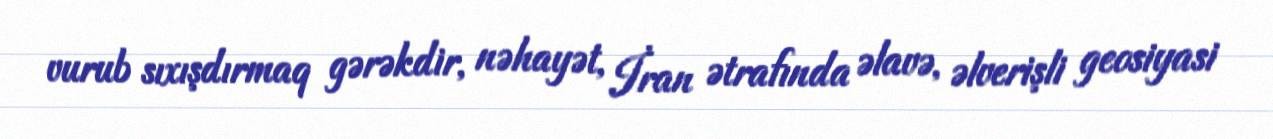
vurub sıxışdırmaq gərəkdir, nəhayət, İran ətrafında əlavə, əlverişli geosiyasi